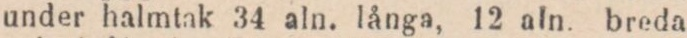
under halmtak 34 aln. långa, 12 aln. breda